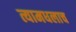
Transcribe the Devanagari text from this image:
त्यामधलाच